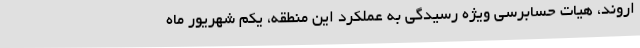
اروند، هیات حسابرسی ویژه رسیدگی به عملکرد این منطقه، یکم شهریور ماه